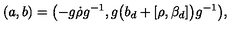
( a , b ) = \bigl ( - g \dot { \rho } g ^ { - 1 } , g \bigl ( b _ { d } + [ \rho , \beta _ { d } ] \bigr ) g ^ { - 1 } \bigr ) ,